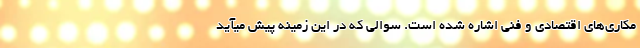
مکاری‌های اقتصادی و فنی اشاره شده است. سوالی که در این زمینه پیش میآید